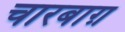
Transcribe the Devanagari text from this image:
चारबाग़